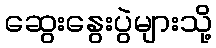
ဆွေးနွေးပွဲများသို့